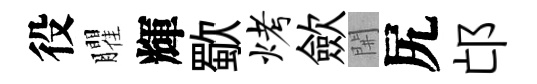
役臞輝歜烤歛𨳩尻邙